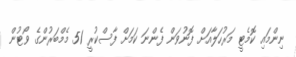
ނިންމައި ކޮމެޓީ މަރުހަލާއަށް ފޮނުވަން ފެންނަ ކަމަށް ފާސްކުރީ 51 މެމްބަރުންގެ ވޯޓުން